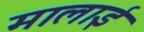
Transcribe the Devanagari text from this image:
मालाई